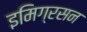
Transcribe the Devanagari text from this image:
इमिग्रसन